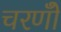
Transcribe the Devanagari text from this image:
चरणोँ